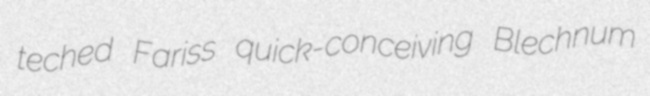
teched Fariss quick-conceiving Blechnum